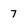
Character: 7